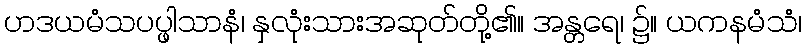
ဟဒယမံသပပ္ဖါသာနံ၊ နှလုံးသားအဆုတ်တို့၏။ အန္တရေ၊ ၌။ ယကနမံသံ၊